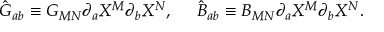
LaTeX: \hat { G } _ { a b } \equiv G _ { M N } \partial _ { a } X ^ { M } \partial _ { b } X ^ { N } , \ \ \ \ \hat { B } _ { a b } \equiv B _ { M N } \partial _ { a } X ^ { M } \partial _ { b } X ^ { N } .